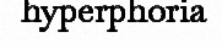
hyperphoria